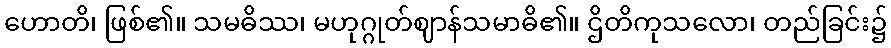
ဟောတိ၊ ဖြစ်၏။ သမဓိဿ၊ မဟုဂ္ဂုတ်ဈာန်သမာဓိ၏။ ဌိတိကုသလော၊ တည်ခြင်း၌